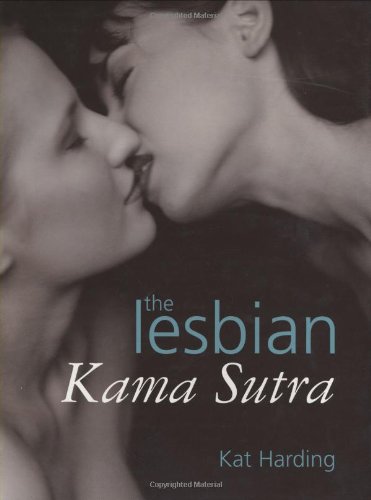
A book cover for The Lesbian Kama Sutra; Kat Harding; Gay & Lesbian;